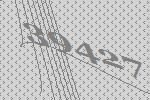
39427